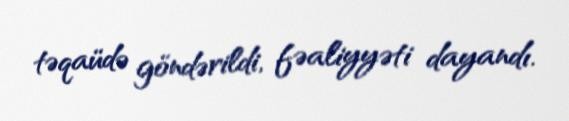
təqaüdə göndərildi, fəaliyyəti dayandı.